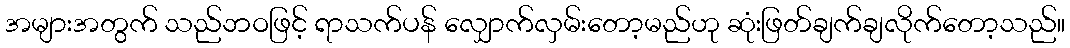
အများအတွက် သည်ဘဝဖြင့် ရာသက်ပန် လျှောက်လှမ်းတော့မည်ဟု ဆုံးဖြတ်ချက်ချလိုက်တော့သည်။